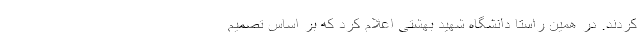
کردند. در همین راستا دانشگاه شهید بهشتی اعلام کرد که بر اساس تصمیم